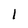
Character: 1